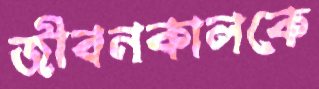
জীবনকালকে